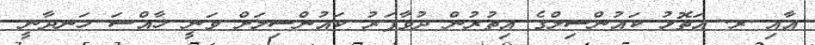
އާއި ރ. އަތޮޅު ކައުންސިލްގެ އިތުރުން ދުވާފަރު ކައުންސިލަށް ވަނީ ޚާއްސަ ހަނދާނީ